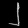
Digit: ၂